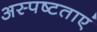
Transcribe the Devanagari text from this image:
अस्पष्टताएं